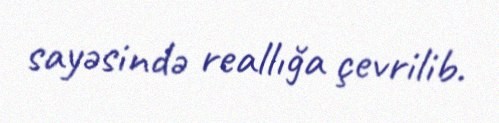
sayəsində reallığa çevrilib.